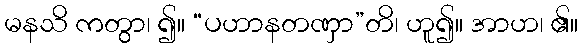
မနသိ ကတွာ၊ ၍။ “ပဟာနတဏှာ”တိ၊ ဟူ၍။ အာဟ၊ ၏။